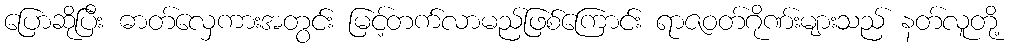
ပြောဆိုပြီး ဓာတ်လှေကားအတွင်း မြင့်တက်လာမည်ဖြစ်ကြောင်း ရာဇဝတ်ဂိုဏ်းများသည် နတ်လူတို့